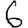
Digit: 6